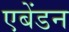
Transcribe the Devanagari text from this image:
एबेंडन